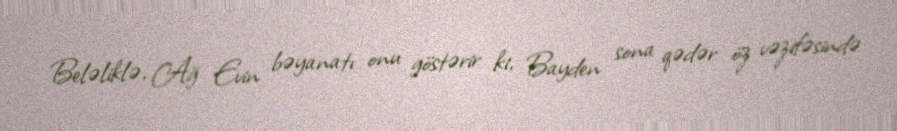
Beləliklə, Ağ Evin bəyanatı onu göstərir ki, Bayden sona qədər öz vəzifəsində